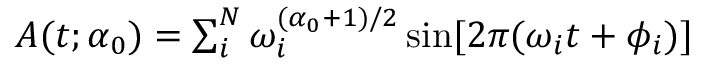
\begin{array} { r } { A ( t ; \alpha _ { 0 } ) = \sum _ { i } ^ { N } \omega _ { i } ^ { ( \alpha _ { 0 } + 1 ) / 2 } \sin [ 2 \pi ( \omega _ { i } t + \phi _ { i } ) ] } \end{array}